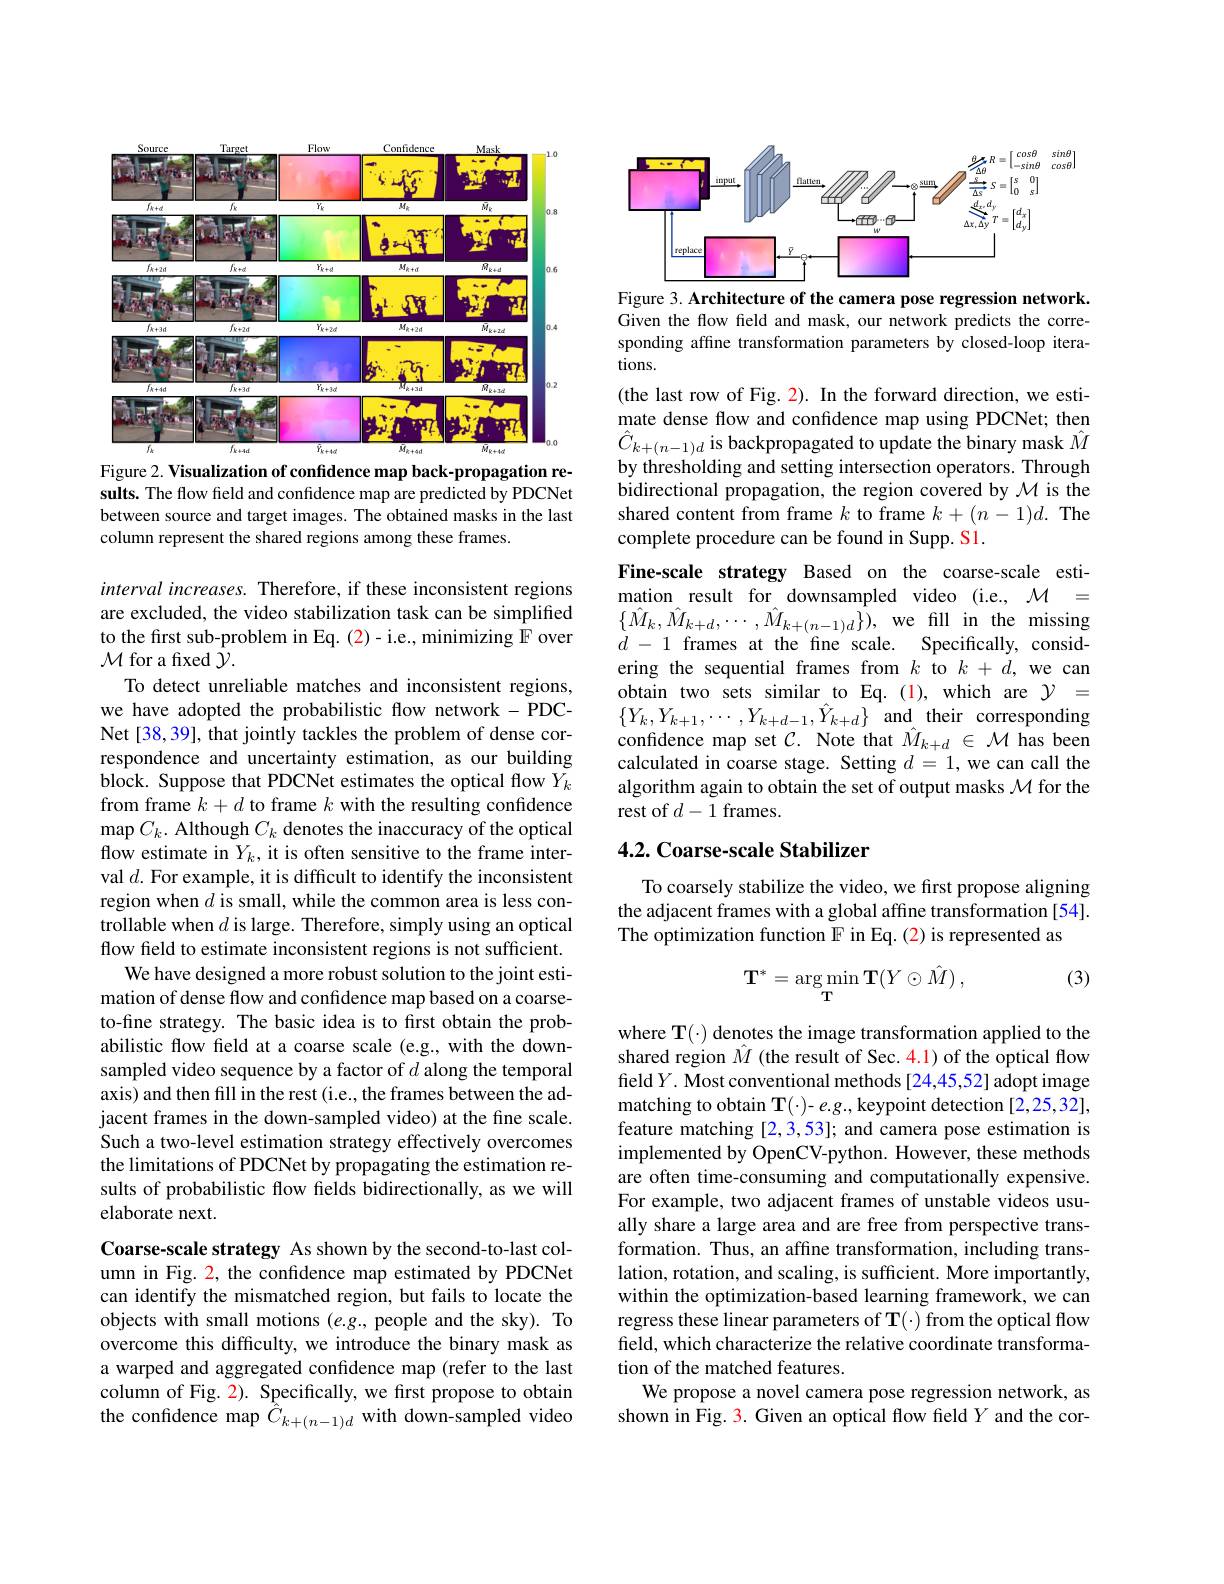
<FigureHere>
Figure 2. Visualization of confidence map back-propagation re-

sults. The flow field and confidence map are predicted by PDCNet between source and target images. The obtained masks in the last column represent the shared regions among these frames.

interval increases. Therefore, if these inconsistent regions are excluded, the video stabilization task can be simplified to the first sub-problem in Eq. (2)- i.e., minimizing F over $\mathcal{M}$ for a fixed $\mathcal{Y}.$

To detect unreliable matches and inconsistent regions, we have adopted the probabilistic flow network-PDCNet[38,39], that jointly tackles the problem of dense correspondence and uncertainty estimation, as our building block. Suppose that PDCNet estimates the optical flow $Y_k$ from frame $k+d$ to frame $k$ with the resulting confidence $\operatorname*{map}C_{k}.$ Although $C_k$ denotes the inaccuracy of the optical flow estimate in $Y_k$, it is often sensitive to the frame interval $d.$ For example, it is difficult to identify the inconsistent region when $d$ is small, while the common area is less controllable when $d$ is large. Therefore, simply using an optical flow feld to estimate inconsistent regions is not sufficient.
We have designed a more robust solution to the joint estimation of dense flow and confidence map based on a coarseto-fine strategy. The basic idea is to first obtain the probabilistic flow field at a coarse scale (e.g., with the downsampled video sequence by a factor of $d$ along the temporal axis) and then fill in the rest (i.e., the frames between the adjacent frames in the down-sampled video) at the fine scale. Such a two-level estimation strategy effectively overcomes the limitations of PDCNet by propagating the estimation results of probabilistic flow felds bidirectionally, as we will elaborate next.
Coarse-scale strategy As shown by the second-to-last col-

umn in Fig. 2, the confidence map estimated by PDCNet can identify the mismatched region, but fails to locate the objects with small motions (e.g., people and the sky). To overcome this difficulty, we introduce the binary mask as a warped and aggregated confidence map (refer to the last column of Fig. 2). Specifically, we first propose to obtain the confidence map $\hat{\hat{C}}_{k+(n-1)d}$ with down-sampled video

<FigureHere>
Figure 3. Architecture of the camera pose regression network

Given the flow field and mask, our network predicts the corresponding affine transformation parameters by closed-loop iterations.

(the last row of Fig. 2). In the forward direction, we estimate dense flow and confidence map using PDCNet; then $\hat{C}_{k+(n-1)d}$ is backpropagated to update the binary mask $\hat{M}$ by thresholding and setting intersection operators. Through bidirectional propagation, the region covered by $\mathcal{M}$ is the shared content from frame $k$ to frame $k+(n-1)d.$ The complete procedure can be found in Supp. S1.
Fine-scale strategy Based on the coarse-scale estimation result for downsampled video (i.e., $\mathcal{M}=$ $\{\hat{M}_{k},\hat{M}_{k+d},\cdots,\hat{M}_{k+(n-1)d}\})$,we fill in the missing $d-1$ frames at the fine scale. Specifically, considering the sequential frames from $k$ to $k+d$, we can obtain two sets similar to Eq. (1), which are $\mathcal{Y}=$ $\{Y_{k},Y_{k+1},\cdots,Y_{k+d-1},\hat{Y}_{k+d}\}$and their corresponding confidence map set $\mathcal{C}.$ Note that $\hat M_{k+d}\in\mathcal{M}$ has been calculated in coarse stage. Setting $d=1$, we can call the algorithm again to obtain the set of output masks $\mathcal{M}$ for the rest of $d-1$ frames.

## 4.2. Coarse-scale Stabilizer

To coarsely stabilize the video, we first propose aligning the adjacent frames with a global affine transformation [54]. The optimization function F in Eq.(2) is represented as

(3)
$$\mathbf T^*=\underset{\mathbf T}{\arg\min}\mathbf T(Y\odot\hat M)\:,$$
where T(·) denotes the image transformation applied to the shared region $\hat{M}$ (the result of Sec. 4.1) of the optical flow feld $Y.$ Most conventional methods [24,45,52] adopt image matching to obtain T(-)- e.g., keypoint detection [2,25,32], feature matching [2,3,53]; and camera pose estimation is implemented by OpenCV-python. However, these methods are often time-consuming and computationally expensive. For example, two adjacent frames of unstable videos usually share a large area and are free from perspective transformation. Thus, an affine transformation, including translation, rotation, and scaling, is sufficient. More importantly, within the optimization-based learning framework, we can regress these linear parameters of T(·) from the optical flow field, which characterize the relative coordinate transformation of the matched features.
We propose a novel camera pose regression network, as shown in Fig. 3. Given an optical flow field $Y$ and the cor-